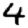
Digit: 4